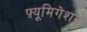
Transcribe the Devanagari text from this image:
फ़्यूमिगेशन